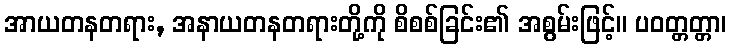
အာယတနတရား, အနာယတနတရားတို့ကို စိစစ်ခြင်း၏ အစွမ်းဖြင့်။ ပဝတ္တတ္တာ၊